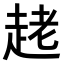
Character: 𧻩